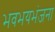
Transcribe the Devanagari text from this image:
भवभयभंजना